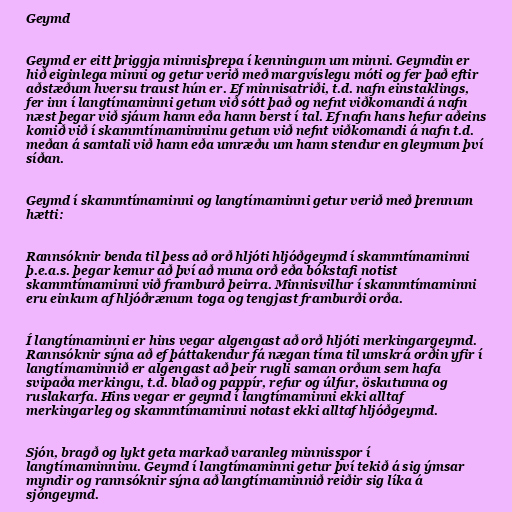
Geymd

Geymd er eitt þriggja minnisþrepa í kenningum um minni. Geymdin er
hið eiginlega minni og getur verið með margvíslegu móti og fer það eftir
aðstæðum hversu traust hún er. Ef minnisatriði, t.d. nafn einstaklings,
fer inn í langtímaminni getum við sótt það og nefnt viðkomandi á nafn
næst þegar við sjáum hann eða hann berst í tal. Ef nafn hans hefur aðeins
komið við í skammtímaminninu getum við nefnt viðkomandi á nafn t.d.
meðan á samtali við hann eða umræðu um hann stendur en gleymum því
síðan.

Geymd í skammtímaminni og langtímaminni getur verið með þrennum
hætti:

Rannsóknir benda til þess að orð hljóti hljóðgeymd í skammtímaminni
þ.e.a.s. þegar kemur að því að muna orð eða bókstafi notist
skammtímaminni við framburð þeirra. Minnisvillur í skammtímaminni
eru einkum af hljóðrænum toga og tengjast framburði orða.

Í langtímaminni er hins vegar algengast að orð hljóti merkingargeymd.
Rannsóknir sýna að ef þáttakendur fá nægan tíma til umskrá orðin yfir í
langtímaminnið er algengast að þeir rugli saman orðum sem hafa
svipaða merkingu, t.d. blað og pappír, refur og úlfur, öskutunna og
ruslakarfa. Hins vegar er geymd í langtímaminni ekki alltaf
merkingarleg og skammtímaminni notast ekki alltaf hljóðgeymd.

Sjón, bragð og lykt geta markað varanleg minnisspor í
langtímaminninu. Geymd í langtímaminni getur því tekið á sig ýmsar
myndir og rannsóknir sýna að langtímaminnið reiðir sig líka á
sjóngeymd.